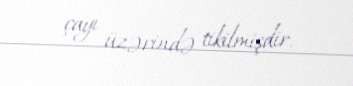
çayı üzərində tikilmişdir.